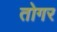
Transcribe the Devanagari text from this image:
तोगर